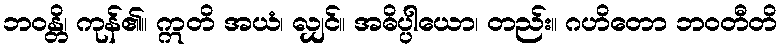
ဘဝန္တိ၊ ကုန်၏။ ဣတိ အယံ၊ လျှင်။ အဓိပ္ပါယော၊ တည်း။ ဂဟိတော ဘဝတီတိ